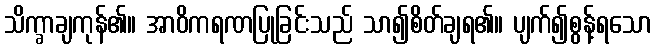
သိက္ခာချကုန်၏။ အာဝိကရဏပြုခြင်းသည် သာ၍စိတ်ချရ၏။ ပျက်၍စွန့်ရသော